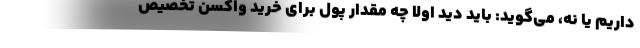
داریم یا نه، می‌گوید: باید دید اولا چه مقدار پول برای خرید واکسن تخصیص